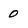
Character: 0